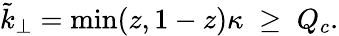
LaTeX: \tilde{k}_{\perp}=\mathrm{min}(z,1-z)\kappa\; \geq\; Q_{c}.